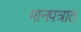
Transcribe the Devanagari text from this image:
मानपत्रात